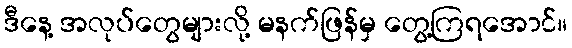
ဒီနေ့ အလုပ်တွေများလို့ မနက်ဖြန်မှ တွေ့ကြရအောင်။